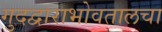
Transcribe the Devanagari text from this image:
गुदद्वाराभोवतालचा